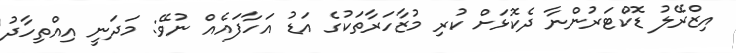
އިޒްރޭލު ޑޮކްޓަރުންނާ ދެކޮޅަށް ކުރި މުޒާހަރާތަކުގެ އަޑު އަހާފައެއް ނުވޭ: މަދަނީ އިއްތިހާދު